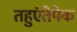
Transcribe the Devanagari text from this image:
तहुएंतेपेक